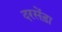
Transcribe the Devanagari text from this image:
दरसेंड़ा